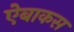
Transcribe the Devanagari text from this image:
ऐबाकस